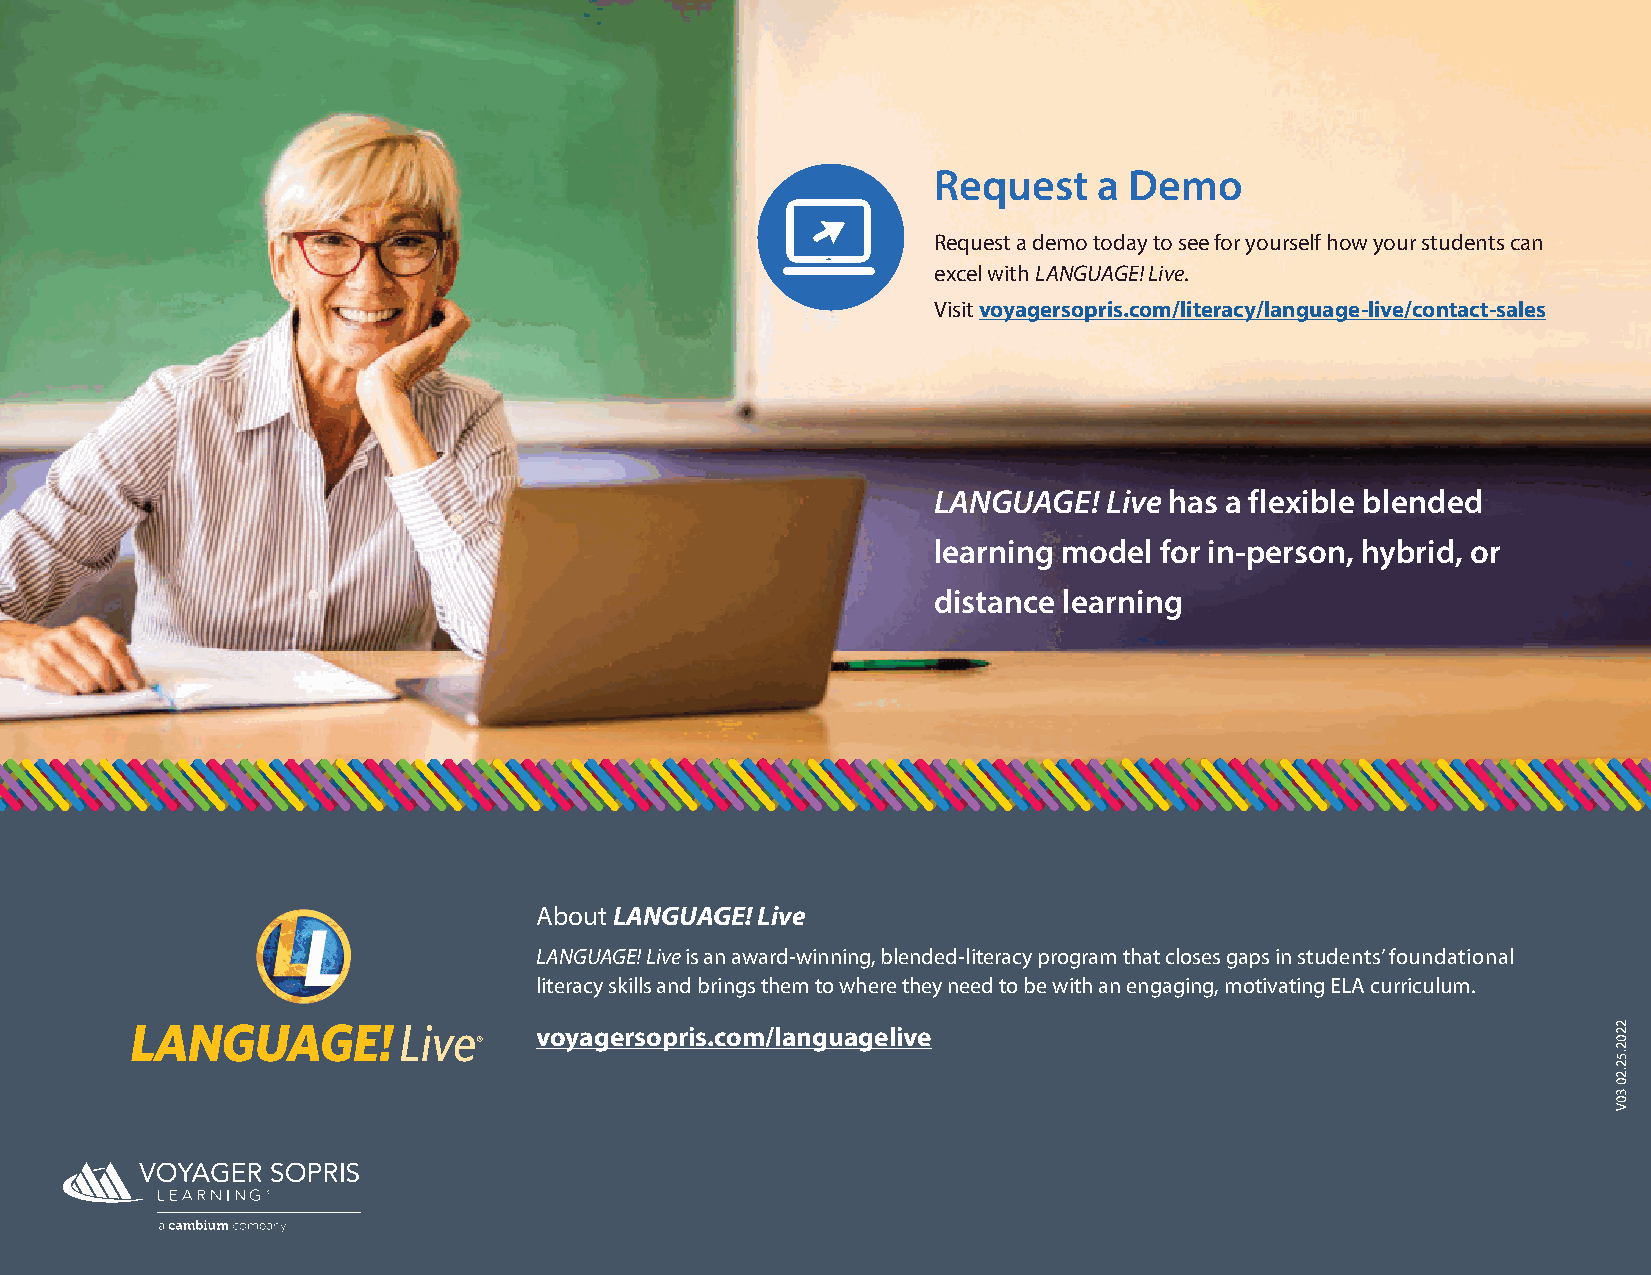
Request    a Demo
 Request a demo today to see for yourself how your students can
 excel with LANGUAGE! Live
 Visit voyagersopris.com/literacy/language-live/contact-sales
 LANGUAGE!  Live has a flexible blended
 learning model for in-person, hybrid, or
 distance learning
 About LANGUAGE! Live
 LANGUAGE! Live is an award-winning, blended-literacy program that closes gaps in students’ foundational
 literacy skills and brings them to where they need to be with an engaging, motivating ELA curriculum
 voyagersopris.com/languagelive
 2202
 52
 20
 30V